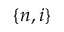
\{ n , i \}